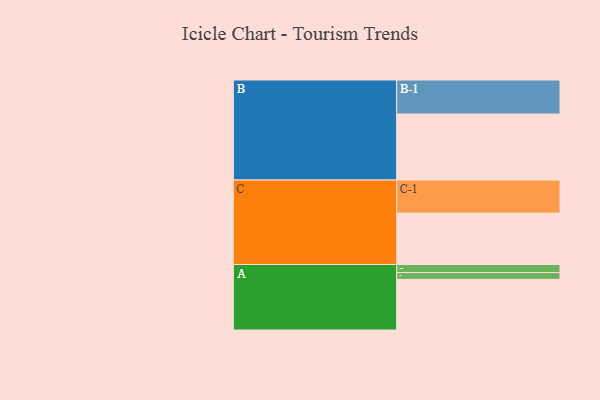
{"axis": {"x": "Segment", "y": "Value"}, "legend": ["", "A", "B", "C"], "data": [{"x": "A", "y": 420, "type": ""}, {"x": "B", "y": 547, "type": ""}, {"x": "C", "y": 426, "type": ""}, {"x": "A-1", "y": 56, "type": "A"}, {"x": "A-2", "y": 67, "type": "A"}, {"x": "B-1", "y": 282, "type": "B"}, {"x": "C-1", "y": 274, "type": "C"}]}